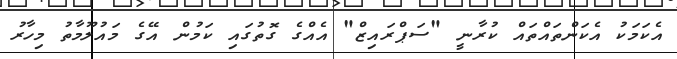
އެކަަމަކު އެކަންތައްތައް ކުރާނީ "ސަޕްރައިޒް" އެއްގެ ގޮތުގައި ކަމުން އޭގެ މައުލޫމާތު މިހާރު